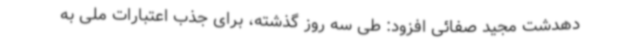
دهدشت مجید صفائی افزود: طی سه روز گذشته، برای جذب اعتبارات ملی به